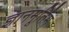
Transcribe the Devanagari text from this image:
ज्ञानमूर्तिम्